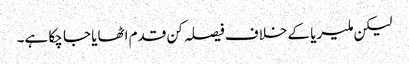
لیکن ملیریا کے خلاف فیصلہ کن قدم اٹھایا جا چکا ہے۔